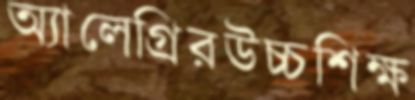
অ্যালেগ্রিরউচ্চশিক্ষ